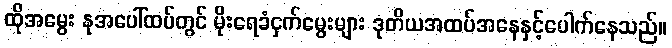
ထိုအမွေး နုအပေါ်ထပ်တွင် မိုးရေခံငှက်မွေးများ ဒုတိယအထပ်အနေနှင့်ပေါက်နေသည်။